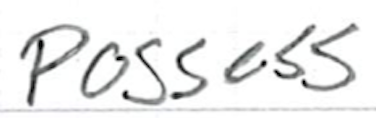
Text: possess
Cross-out: clean
Writing tool: ballpoint